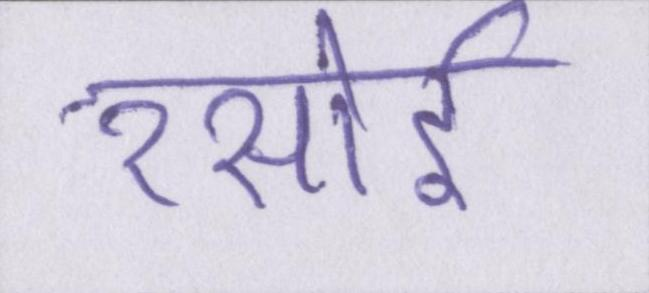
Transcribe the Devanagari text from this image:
रसोई